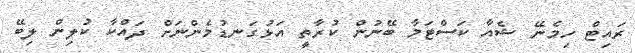
ރައިޓް ހިމެނޭ ޝެއާ ކަސްޓަމާ ބޭނުން ކުރާތީ އަޅުގަނޑުމެންނަށް ދައްކާ ކުލިން ލިބޭ